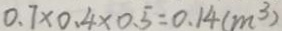
0 . 7 \times 0 . 4 \times 0 . 5 = 0 . 1 4 ( m ^ { 3 } )